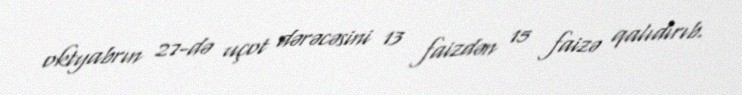
oktyabrın 27-də uçot dərəcəsini 13 faizdən 15 faizə qalıdırıb.